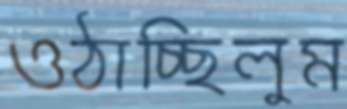
ওঠাচ্ছিলুম